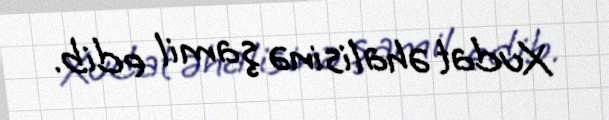
Xudat əhalisinə şamil edib.